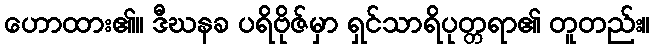
ဟောထား၏။ ဒီဃနခ ပရိဗိုဇ်မှာ ရှင်သာရိပုတ္တရာ၏ တူတည်း။